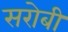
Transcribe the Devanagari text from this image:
सरोबी